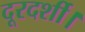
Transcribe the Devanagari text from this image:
दूरदर्शी।